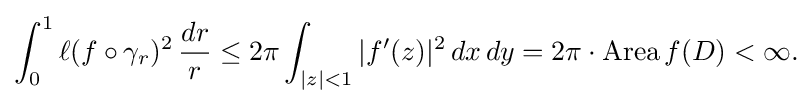
\displaystyle {\int _{0}^{1}\ell (f\circ \gamma _{r})^{2}\,{dr \over r}\leq 2\pi \int _{|z|<1}|f^{\prime }(z)|^{2}\,dx\,dy=2\pi \cdot {\rm {Area}}\,f(D)<\infty .}